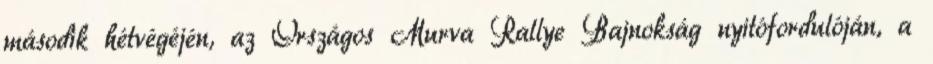
második hétvégéjén, az Országos Murva Rallye Bajnokság nyitófordulóján, a